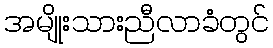
အမျိုးသားညီလာခံတွင်